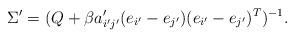
LaTeX: \begin{align*}\Sigma'=(Q+\beta a_{i'j'}'(e_{i'}-e_{j'})(e_{i'}-e_{j'})^{T})^{-1}.\end{align*}